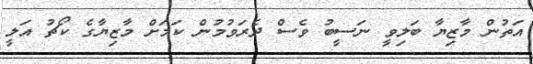
އަތުން މާޒިޔާ ބަލިވީ ނަސީބު ވެސް ދެރަވުމުން ކަމަށް މާޒިޔާގެ ކޯޗު އަލީ